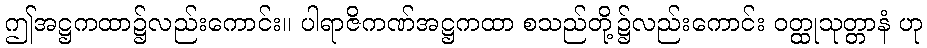
ဤအဋ္ဌကထာ၌လည်းကောင်း။ ပါရာဇိကဏ်အဋ္ဌကထာ စသည်တို့၌လည်းကောင်း ဝတ္ထုသုတ္တာနံ ဟု